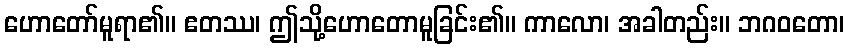
ဟောတော်မူရာ၏။ ဧတဿ၊ ဤသို့ဟောတောမူခြင်း၏။ ကာလော၊ အခါတည်း။ ဘဂဝတော၊